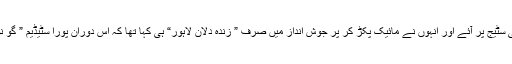
جب چیئرمین پی ایس ایل نجم سیٹھی سٹیج پر آئے اور انہوں نے مائیک پکڑ کر پر جوش انداز میں صرف ” زندہ دلان لاہور“ ہی کہا تھا کہ اس دوران پورا سٹیڈیم ” گو نواز گو“ کے نعروں سے گونج اٹھا۔